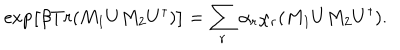
\exp \left[ \beta T r ( M _ { 1 } U M _ { 2 } U ^ { \dagger } ) \right] = \sum _ { r } \alpha _ { r } \chi _ { r } ( M _ { 1 } U M _ { 2 } U ^ { \dagger } ) .